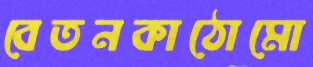
বেতনকাঠোমো